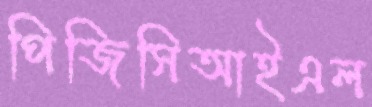
পিজিসিআইএল